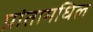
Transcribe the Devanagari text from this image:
प्रांतामधिल